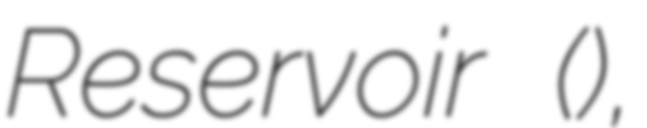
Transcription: Reservoir (香港仔下水塘),